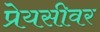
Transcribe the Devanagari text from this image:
प्रेयसीवर